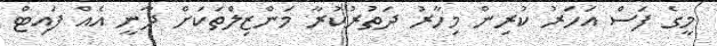
މީގެ ފަސް އަހަރު ކުރިން މިހާރު ދަތުރުކުރާ މަންޒިލްތަކަށް ދާނީ އެއް ފައިޓް